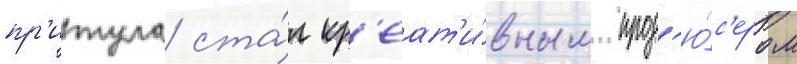
пр'итула ста́л кр'еат'и́вным прод'ю́с'ером